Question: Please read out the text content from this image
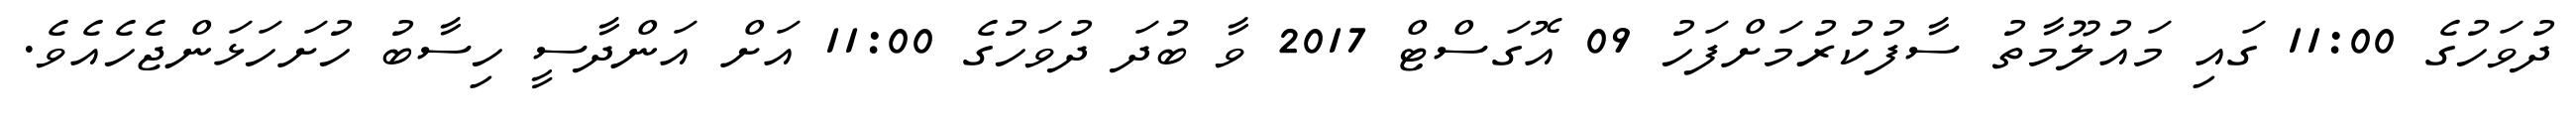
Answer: ދުވަހުގެ 11:00 ގައި މައުލޫމާތު ސާފުކުރުމަށްފަހު 09 އޮގަސްޓް 2017 ވާ ބުދަ ދުވަހުގެ 11:00 އަށް އަންދާސީ ހިސާބު ހުށަހަޅަންޖެހެއެވެ.